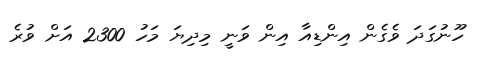
ހޫނުގަދަ ވެގެން އިންޑިއާ އިން ވަނީ މިދިޔަ މަހު 2300 އަށް ވުރެ